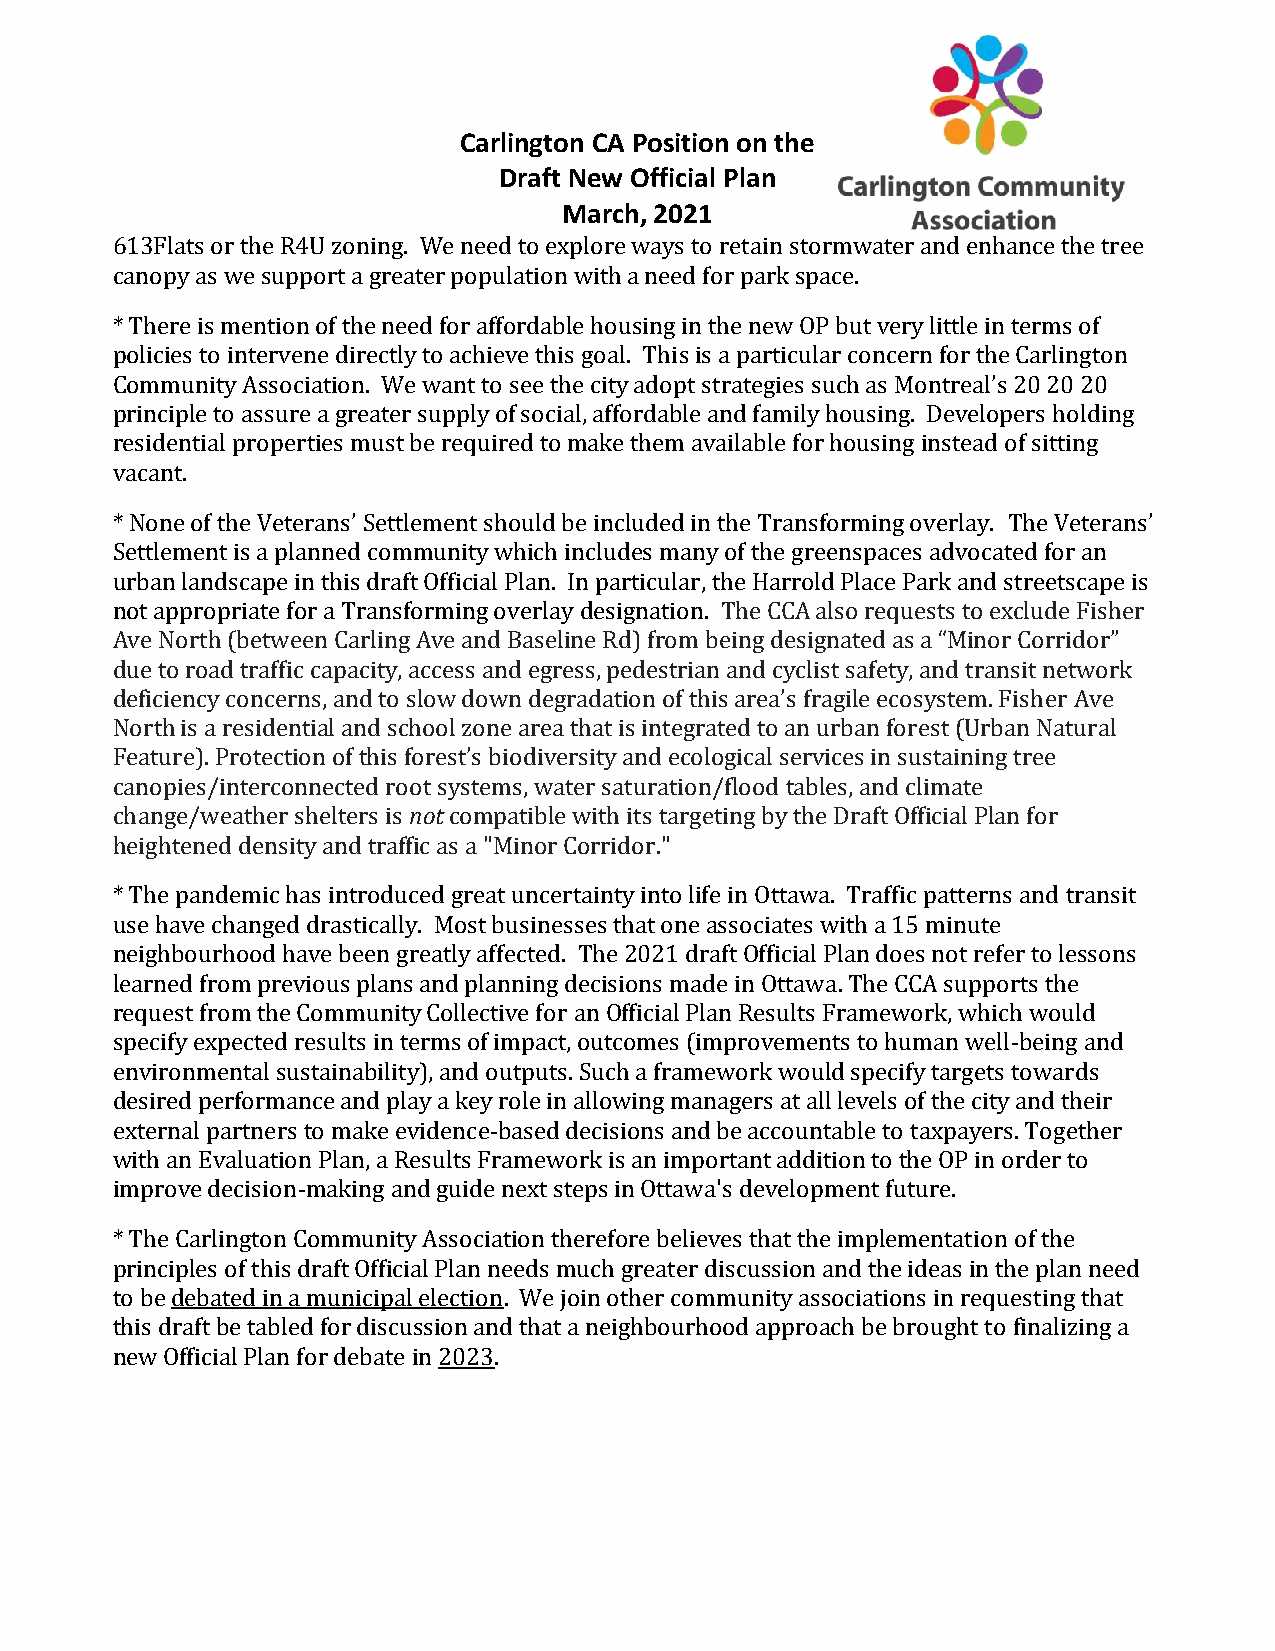
Carlington CA Position on the
 Draft New Official Plan
 March, 2021
 613Flats or the R4U zoning. We need to explore ways to retain stormwater and enhance the tree
 canopy as we support a greater population with a need for park space.
 * There is mention of the need for affordable housing in the new OP but very little in terms of
 policies to intervene directly to achieve this goal. This is a particular concern for the Carlington
 Community Association. We want to see the city adopt strategies such as Montreal’s 20 20 20
 principle to assure a greater supply of social, affordable and family housing. Developers holding
 residential properties must be required to make them available for housing instead of sitting
 vacant.
 * None of the Veterans’ Settlement should be included in the Transforming overlay. The Veterans’
 Settlement is a planned community which includes many of the greenspaces advocated for an
 urban landscape in this draft Official Plan. In particular, the Harrold Place Park and streetscape is
 not appropriate for a Transforming overlay designation. The CCA also requests to exclude Fisher
 Ave North (between Carling Ave and Baseline Rd) from being designated as a “Minor Corridor”
 due to road traffic capacity, access and egress, pedestrian and cyclist safety, and transit network
 deficiency concerns, and to slow down degradation of this area’s fragile ecosystem. Fisher Ave
 North is a residential and school zone area that is integrated to an urban forest (Urban Natural
 Feature). Protection of this forest’s biodiversity and ecological services in sustaining tree
 canopies/interconnected root systems, water saturation/flood tables, and climate
 change/weather shelters is not compatible with its targeting by the Draft Official Plan for
 heightened density and traffic as a "Minor Corridor."
 * The pandemic has introduced great uncertainty into life in Ottawa. Traffic patterns and transit
 use have changed drastically. Most businesses that one associates with a 15 minute
 neighbourhood have been greatly affected. The 2021 draft Official Plan does not refer to lessons
 learned from previous plans and planning decisions made in Ottawa. The CCA supports the
 request from the Community Collective for an Official Plan Results Framework, which would
 specify expected results in terms of impact, outcomes (improvements to human well-being and
 environmental sustainability), and outputs. Such a framework would specify targets towards
 desired performance and play a key role in allowing managers at all levels of the city and their
 external partners to make evidence-based decisions and be accountable to taxpayers. Together
 with an Evaluation Plan, a Results Framework is an important addition to the OP in order to
 improve decision-making and guide next steps in Ottawa's development future.
 * The Carlington Community Association therefore believes that the implementation of the
 principles of this draft Official Plan needs much greater discussion and the ideas in the plan need
 to be debated in a municipal election. We join other community associations in requesting that
 this draft be tabled for discussion and that a neighbourhood approach be brought to finalizing a
 new Official Plan for debate in 2023.